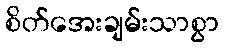
စိတ်အေးချမ်းသာစွာ